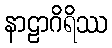
နာဠာဂိရိဿ